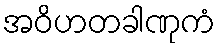
အဝိဟတခါဏုကံ